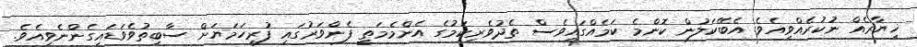
ޚިޔާރެއް ނުކުރެއްވިއެވެ. އެބޭކަލުން ކޮންމެ ކަމެއްގައިވެސް ތެދުވެރިކަމުގެ އެންމެމަތީ ފެންވަރުގައި ފުރިހަމަޔަށް ސާބިތުވެވަޑައިގެންނެވިއެވެ.